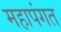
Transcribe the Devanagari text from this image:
महापंगत